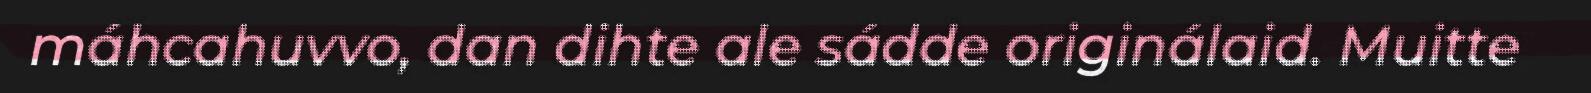
máhcahuvvo, dan dihte ale sádde originálaid. Muitte